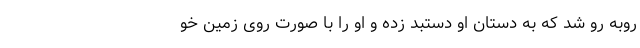
رو‌به‌ رو شد که به دستان او دستبد زده و او را با صورت روی زمین خو